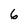
Character: 6